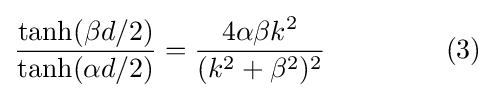
{\frac {\tanh(\beta d/2)}{\tanh(\alpha d/2)}}={\frac {4\alpha \beta k^{2}}{(k^{2}+\beta ^{2})^{2}}}\ \quad \quad \quad \quad (3)